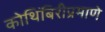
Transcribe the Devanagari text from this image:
कोथिंबिरीप्रमाणे